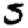
Digit: 5